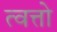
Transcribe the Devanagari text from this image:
त्वत्तो